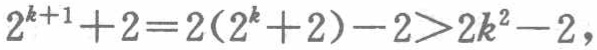
\[2^{k + 1}+2 = 2(2^{k}+2)-2>2k^{2}-2,\]